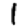
Digit: 1